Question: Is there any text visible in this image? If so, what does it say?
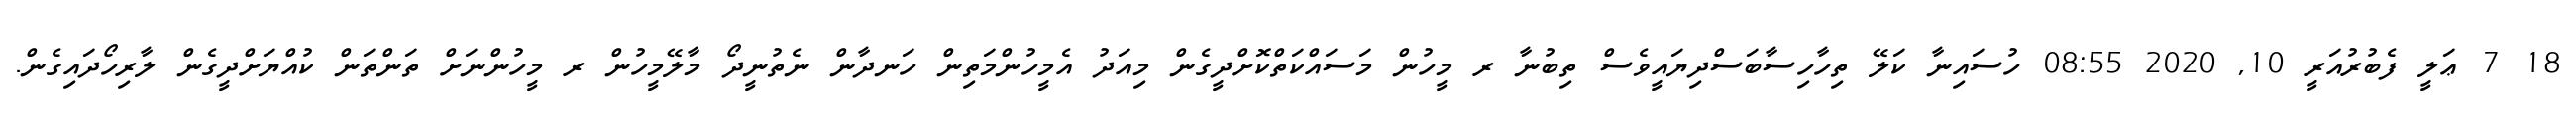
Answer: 18 7 ޢަލީ ފެބުރުއަރީ 10, 2020 08:55 ހުސައިނާ ކަލޭ ތިހާހިސާބަސްދިޔައީވެސް ތިބުނާ ރ މީހުން މަސައްކަތްކޮށްދީގެން މިއަދު އެމީހުންމަތިން ހަނދާން ނެތުނީދޯ މާލޭމީހުން ރ މީހުންނަށް ތަންތަން ކުއްޔަށްދީގެން ލާރިހޯދައިގެން.